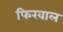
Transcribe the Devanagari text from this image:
फिरवाल